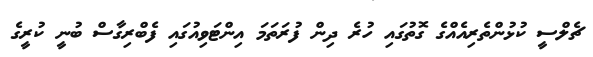
ޗެލްސީ ކުޅުންތެރިއެއްގެ ގޮތުގައި ހުރެ ދިން ފުރަތަމަ އިންޓަވިއުގައި ފެބްރިގާސް ބުނީ ކުރީގެ